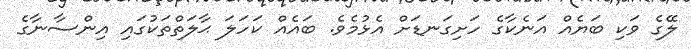
ލޭގެ ވަކި ބަޔެއް އަނެކާގެ ހަށިގަނޑަށް އެޅުމެވެ. ބައެއް ކަހަލަ ޙާލަތްތަކުގައި އިންސާނާގެ